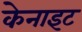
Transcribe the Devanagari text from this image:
केनाइट